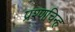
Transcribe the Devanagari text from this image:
प्रश्णचिन्ह